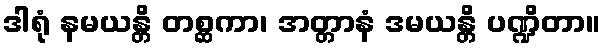
ဒါရုံ နမယန္တိ တစ္ဆကာ၊ အတ္တာနံ ဒမယန္တိ ပဏ္ဍိတာ။